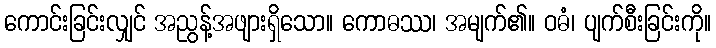
ကောင်းခြင်းလျှင် အညွန့်အဖျားရှိသော။ ကောဓဿ၊ အမျက်၏။ ဝဓံ၊ ပျက်စီးခြင်းကို။